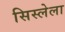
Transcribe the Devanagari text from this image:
सिस्लेला